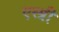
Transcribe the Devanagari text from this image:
एस्प्री